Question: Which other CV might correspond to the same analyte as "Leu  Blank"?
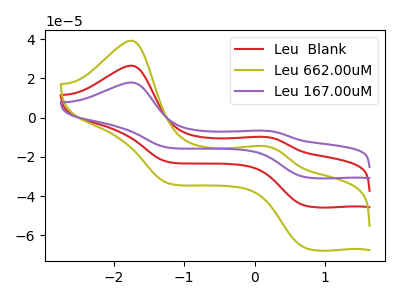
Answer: <think>The red curve "Leu  Blank" has anodic peaks at (-1.75V, 26.55uA) (0.15V, -9.80uA) and cathodic peaks at (0.75V, -45.05uA) (-1.20V, -22.65uA). The olive curve "Leu 662.00uM" has anodic peaks at (-1.75V, 39.25uA) (0.15V, -14.50uA) and cathodic peaks at (0.75V, -66.65uA) (-1.20V, -33.50uA). The purple curve "Leu 167.00uM" has anodic peaks at (-1.75V, 53.10uA) (0.15V, -19.60uA) and cathodic peaks at (0.75V, -90.05uA) (-1.20V, -45.30uA).
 All the peaks in "Leu  Blank" have a peak in "Leu 662.00uM" at the same potential. All the peaks in "Leu  Blank" have a peak in "Leu 167.00uM" at the same potential. All the peaks in "Leu 662.00uM" have a peak in "Leu 167.00uM" at the same potential.</think>
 <answer>"Leu  Blank" and "Leu 167.00uM" have a similar shape to "Leu 662.00uM".</answer>
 <eval>"Leu  Blank" "Leu 167.00uM"</eval>